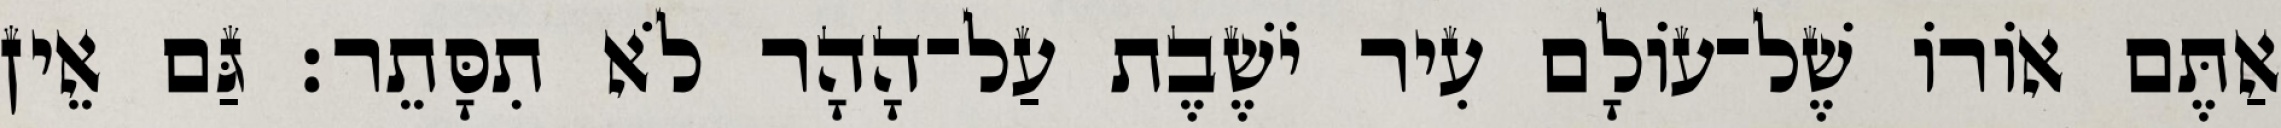
אַתֶּם אוֹרוֹ שֶׁל־עוֹלָם עִיר יֹשֶׁבֶת עַל־הָהָר לֹא תִסָּתֵר׃ גַּם אֵין